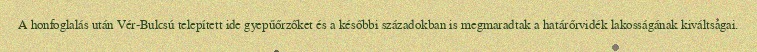
A honfoglalás után Vér-Bulcsú telepített ide gyepűőrzőket és a későbbi századokban is megmaradtak a határőrvidék lakosságának kiváltságai.